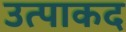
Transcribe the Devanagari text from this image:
उत्पाकद